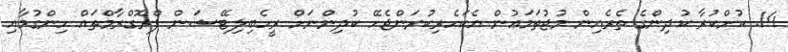
14. ކުށްކުރާ ކުދިންގެ ތެރެއިން މުޖުތަމަޢުން އެކަހެރިކުރަންޖެހޭ ކުދިންނަށް ރީހެބިލިޓޭޝަން ޕްރޮގްރާމްތައް ހިންގުމާއި